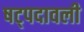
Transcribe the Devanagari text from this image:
षट्पदावली